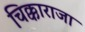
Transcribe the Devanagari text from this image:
चिक्काराजा